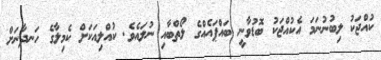
ކުއްޖަކު ލިބުނުނަމަ އެކުއްޖަކު ބޮޑުވާނީ ބައްޕައެއްގެ ލޯތްބާއި ނުލައެވެ. ކުއްލިއަކަށް ކެމިލާގެ ހަނދާނަށް